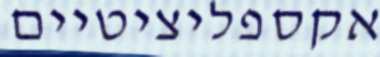
אקספליציטיים